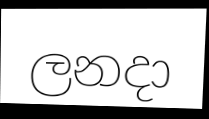
ලනදා